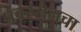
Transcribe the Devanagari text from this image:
प्रवरसेनचा